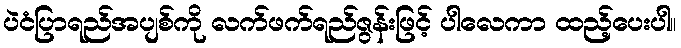
ပဲငံပြာရည်အပျစ်ကို လက်ဖက်ရည်ဇွန်းဖြင့် ပါလေကာ ထည့်ပေးပါ။